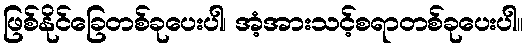
ဖြစ်နိုင်ခြေတစ်ခုပေးပါ၊ အံ့အားသင့်စရာတစ်ခုပေးပါ။